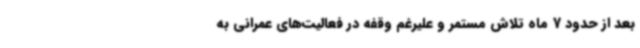
بعد از حدود 7 ماه تلاش مستمر و علیرغم وقفه در فعالیت‌های عمرانی به